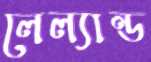
লেল্যান্ড